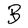
Character: B